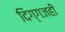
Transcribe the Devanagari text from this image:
दिग्गजही